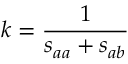
k = \frac { 1 } { s _ { a a } + s _ { a b } }